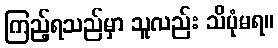
ကြည့်ရသည်မှာ သူလည်း သိပုံမရ။